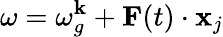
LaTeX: \omega=\omega_{g}^{\textbf{k}}+\textbf{F}(t)\cdot\textbf{x}_{j}